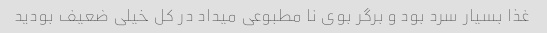
غذا بسیار سرد بود و برگر بوی نا مطبوعی میداد در کل خیلی ضعیف بودید